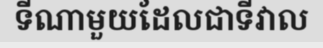
ទីណាមួយដែលជាទីវាល